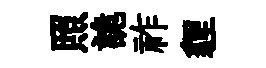
照詭祚貍